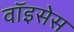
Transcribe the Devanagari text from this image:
वॉइसेस